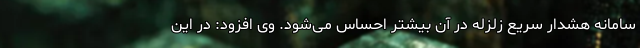
سامانه هشدار سریع زلزله در آن بیشتر احساس می‌شود. وی افزود: در این